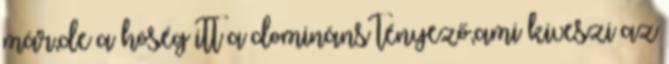
már,de a höség itt a domináns tényező,ami kiveszi az